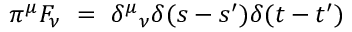
\pi ^ { \mu } F _ { \nu } ~ = ~ { \delta ^ { \mu } } _ { \nu } \delta ( s - s ^ { \prime } ) \delta ( t - t ^ { \prime } )